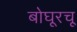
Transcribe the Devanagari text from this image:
बोघूरचू